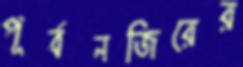
পূর্বনজিরের